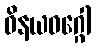
ဝိနယဝဂ္ဂေါ